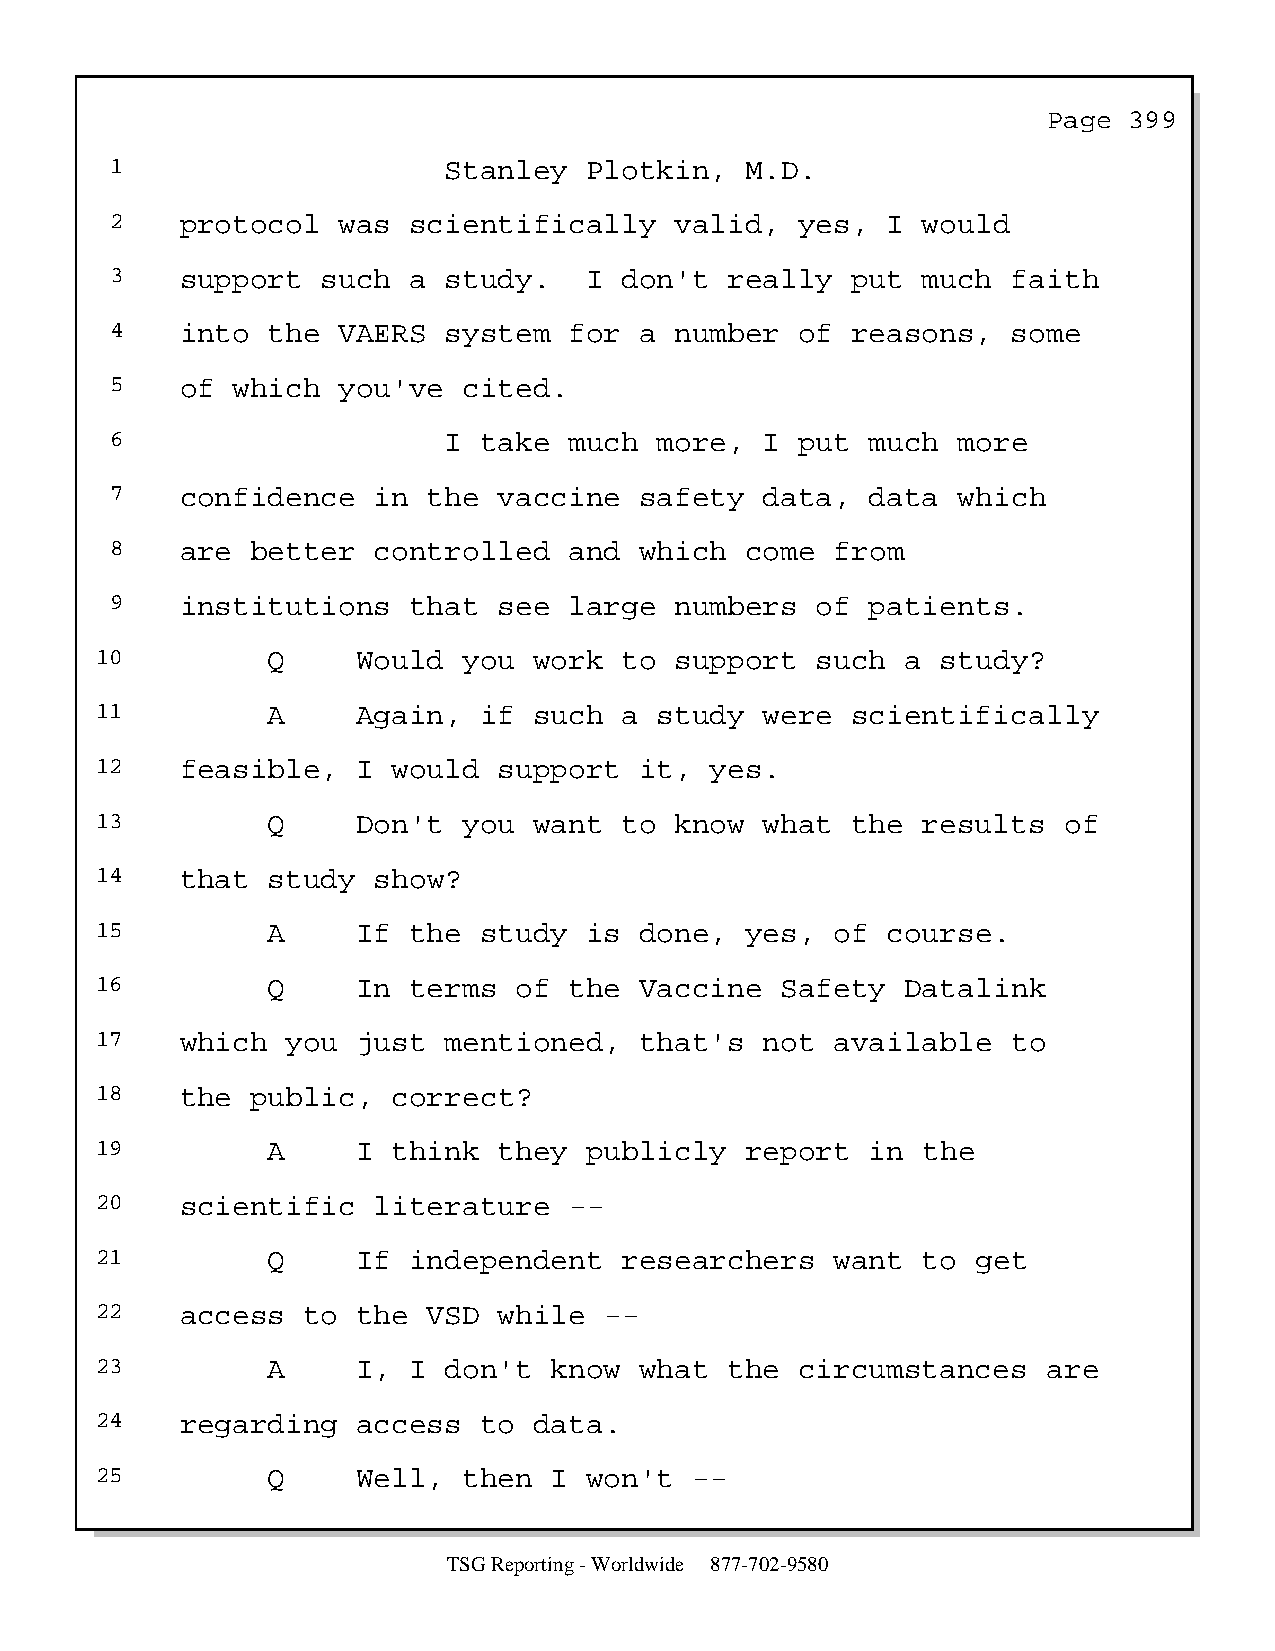
Page  399
 1                     Stanley   Plotkin,  M.D.
 2    protocol  was  scientifically    valid,  yes,  I would
 3    support  such  a study.    I don't  really  put  much  faith
 4    into  the VAERS  system   for a  number  of reasons,   some
 5    of which  you've   cited.
 6                     I  take  much  more,  I put  much more
 7    confidence   in the  vaccine  safety   data,  data which
 8    are  better  controlled   and which  come  from
 9    institutions   that  see  large  numbers  of  patients.
 10          Q     Would  you work  to  support  such  a study?
 11          A     Again,  if such  a  study  were scientifically
 12    feasible,   I would  support  it,  yes.
 13          Q     Don't  you want  to  know  what the  results  of
 14    that  study  show?
 15          A     If the  study  is done,  yes,  of  course.
 16          Q     In terms  of  the Vaccine   Safety  Datalink
 17    which  you  just mentioned,   that's   not available   to
 18    the  public,  correct?
 19          A     I think  they  publicly  report   in the
 20    scientific   literature   --
 21          Q     If independent   researchers   want  to  get
 22    access  to  the VSD  while  --
 23          A     I, I don't  know  what  the  circumstances   are
 24    regarding   access  to data.
 25          Q     Well,  then I  won't  --
 TSG Reporting - Worldwide 877-702-9580